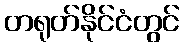
တရုတ်နိုင်ငံတွင်